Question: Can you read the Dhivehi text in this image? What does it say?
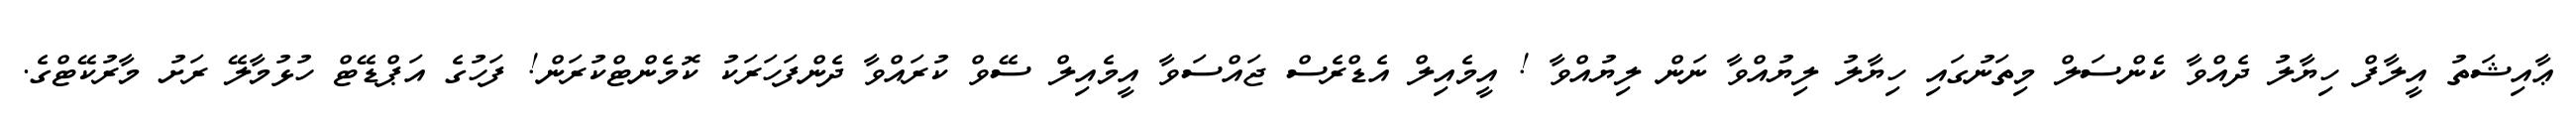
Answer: ޢާއިޝަތު އީލާފް ހިޔާލު ދެއްވާ ކެންސަލް މިތަނުގައި ހިޔާލު ލިޔުއްވާ ނަން ލިޔުއްވާ ! އީމެއިލް އެޑްރެސް ޖައްސަވާ އީމެއިލް ސޭވް ކުރައްވާ ދެންފަހަރަކު ކޮމެންޓްކުރަން! ފަހުގެ އަޕްޑޭޓް ހުޅުމާލޭ ރަށު މާރުކޭޓްގެ.